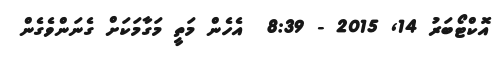
އޮކްޓޯބަރު 14